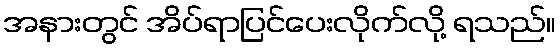
အနားတွင် အိပ်ရာပြင်ပေးလိုက်လို့ ရသည်။